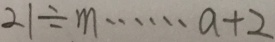
2 1 \div m \cdots a + 2